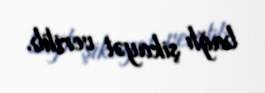
bağlı şikayət verilib.